Rangoon Lunatic Asylum 1893-1897 - 1893-1897
Year: 1893
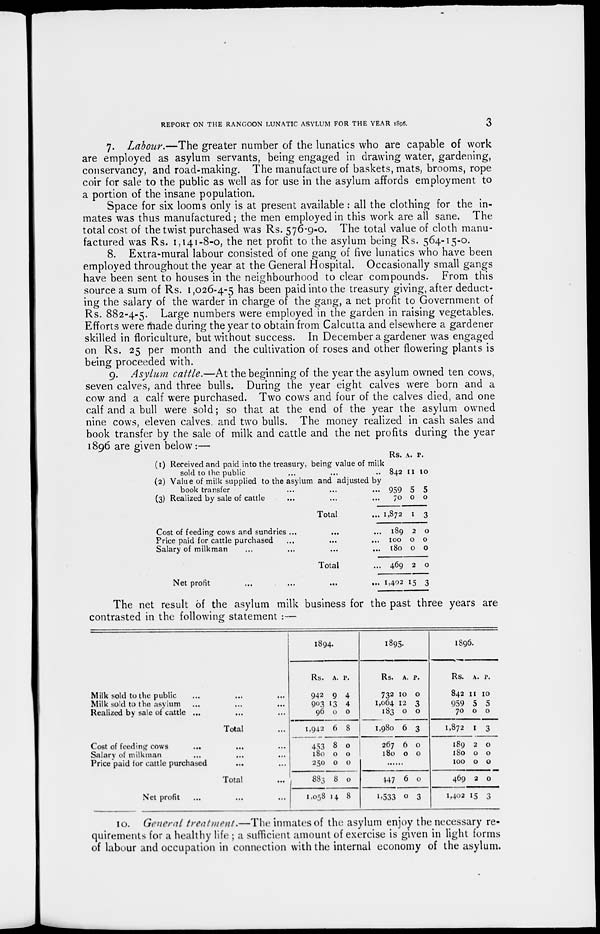
REPORT ON THE RANGOON LUNATIC ASYLUM FOR THE YEAR 1896.
3
7. Labour.—The greater number of the lunatics who are capable of work
are employed as asylum servants, being engaged in drawing water, gardening,
conservancy, and road-making. The manufacture of baskets, mats, brooms, rope
coir for sale to the public as well as for use in the asylum affords employment to
a portion of the insane population.
Space for six looms only is at present available : all the clothing for the in-
mates was thus manufactured ; the men employed in this work are all sane. The
total cost of the twist purchased was Rs. 576-9-0. The total value of cloth manu-
factured was Rs. 1,141-8-0, the net profit to the asylum being Rs. 564-15-0.
8. Extra-mural labour consisted of one gang of five lunatics who have been
employed throughout the year at the General Hospital. Occasionally small gangs
have been sent to houses in the neighbourhood to clear compounds. From this
source a sum of Rs. 1,026-4-5 has been paid into the treasury giving, after deduct-
ing the salary of the warder in charge of the gang, a net profit to Government of
Rs. 882-4-5. Large numbers were employed in the garden in raising vegetables.
Efforts were made during the year to obtain from Calcutta and elsewhere a gardener
skilled in floriculture, but without success. In December a gardener was engaged
on Rs. 25 per month and the cultivation of roses and other flowering plants is
being proceeded with.
9. Asylum cattle.—At the beginning of the year the asylum owned ten cows,
seven calves, and three bulls. During the year eight calves were born and a
cow and a calf were purchased. Two cows and four of the calves died, and one
calf and a bull were sold; so that at the end of the year the asylum owned
nine cows, eleven calves and two bulls. The money realized in cash sales and
book transfer by the sale of milk and cattle and the net profits during the year
1896 are given below:—
(1) Received and paid into the treasury, being value of milk
sold to the public... ... ...
(2) Value of milk supplied to the asylum and adjusted by
book transfer ... ... ...
(3) Realized by sale of cattle ... ...
Total ...
Cost of feeding cows and sundries ...
Price paid for cattle purchased ... ...
Salary of milkman
...
...
...
...
Total ...
Net profit
...
...
...
...
Rs.
842
959
70
1,872
189
100
180
469
1,402
A.
11
5
0
1
2
0
0
2
15
P.
10
5
0
3
0
0
0
0
3
The net result of the asylum milk business for the past three years are
contrasted in the following statement :—
Milk sold to the public ... ... ...
Milk sold to the asylum ... ... ...
Realized by sale of cattle ... ... ...
Total ...
Cost of feeding cows
...
...
...
Salary of milkman ... ... ...
Price paid for cattle purchased ... ...
Total...
Net profit ... ... ...
1894.
Rs.
942
903
96
1,942
453
180
250
883
1,058
A.
9
13
0
6
8
0
0
8
14
P.
4
4
0
8
0
0
0
0
8
1895.
Rs.
732
1,064
183
1,980
267
180
A.
10
12
0
6
6
0
P.
0
3
0
3
0
0
......
447
1,533
6
0
0
3
1896.
Rs.
842
959
70
1,872
189
180
100
469
1,402
A.
11
5
0
1
2
0
0
2
15
P.
10
5
0
3
0
0
0
0
3
10. General treatment.—The inmates of the asylum enjoy the necessary re-
quirements for a healthy life ; a sufficient amount of exercise is given in light forms
of labour and occupation in connection with the internal economy of the asylum.